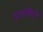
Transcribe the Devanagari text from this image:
आरबिटर